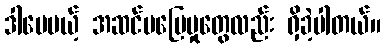
ဒါပေမယ့် အဆင်မပြေမှုတွေလည်း ရှိခဲ့ပါတယ်။